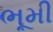
ભૂમી